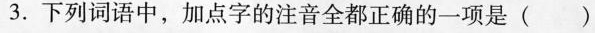
3.下列词语中，加点字的注音全都正确的一项是()